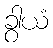
ခွါယံ